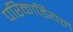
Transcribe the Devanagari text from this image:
परिकार्डियल